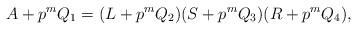
LaTeX: \begin{align*} A + p^m Q_1 = (L + p^m Q_2) (S + p^m Q_3) (R + p^m Q_4), \end{align*}